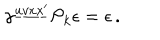
\gamma ^ { \underline { { { u v x x ^ { \prime } } } } } { \cal P } _ { k } \epsilon = \epsilon \, .